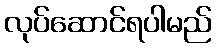
လုပ်ဆောင်ရပါမည်